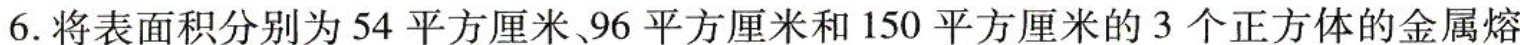
6.将表面积分别为54平方厘米96平方厘米和150平方厘米的3个正方体的金属熔